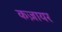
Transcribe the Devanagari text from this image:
कज़ायर